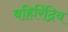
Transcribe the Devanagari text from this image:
बहिरिंद्रिय